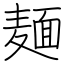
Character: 麺